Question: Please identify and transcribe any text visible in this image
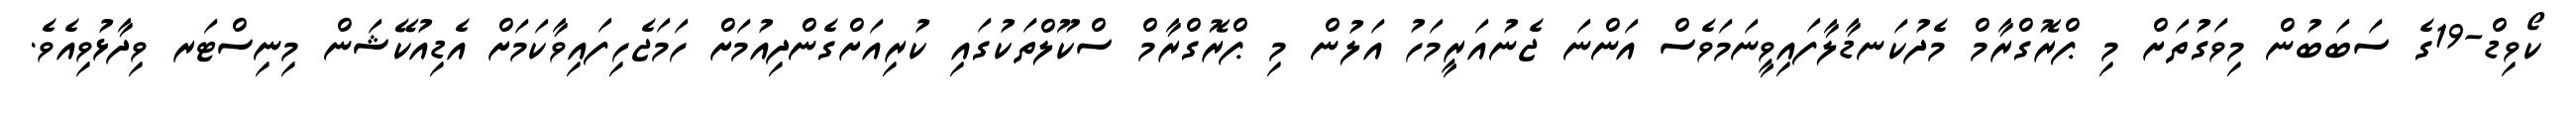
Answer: ކޯވިޑް-19ގެ ސަބަބުން މިވަގުތަށް މި ޕްރޮގްރާމް މެދުކަނޑާލާފައިވީނަމަވެސް އަންނަ ޖެނުއަރީމަހު އަލުން މި ޕްރޮގްރާމް ސްކޫލްތަކުގައި ކުރިއަށްގެންދިއުމަށް ހަމަޖެހިފައިވާކަމަށް އެޑިއުކޭޝަން މިނިސްޓަރ ވިދާޅުވިއެވެ.